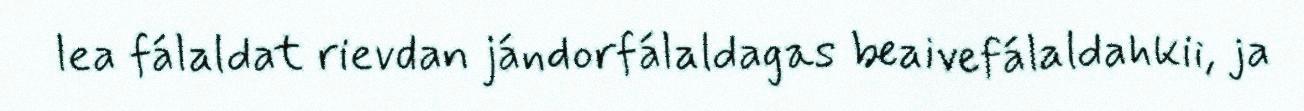
lea fálaldat rievdan jándorfálaldagas beaivefálaldahkii, ja